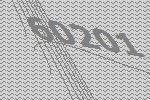
60201